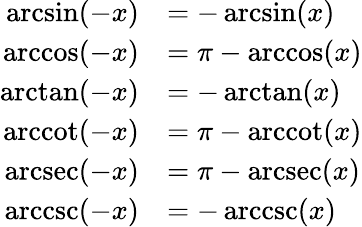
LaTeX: {\begin{array}{rl}{\arcsin(-x)}&{=-\arcsin(x)}\\ {\operatorname{arccos}(-x)}&{=\pi-\operatorname{arccos}(x)}\\ {\arctan(-x)}&{=-\arctan(x)}\\ {\operatorname{arccot}(-x)}&{=\pi-\operatorname{arccot}(x)}\\ {\operatorname{arcsec}(-x)}&{=\pi-\operatorname{arcsec}(x)}\\ {\operatorname{arccsc}(-x)}&{=-\operatorname{arccsc}(x)}\end{array}}